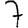
Digit: 7